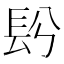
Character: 䦇